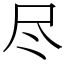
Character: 尽